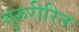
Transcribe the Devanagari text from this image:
गुरुरीरितः